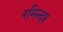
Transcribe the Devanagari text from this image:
रमिन्दर